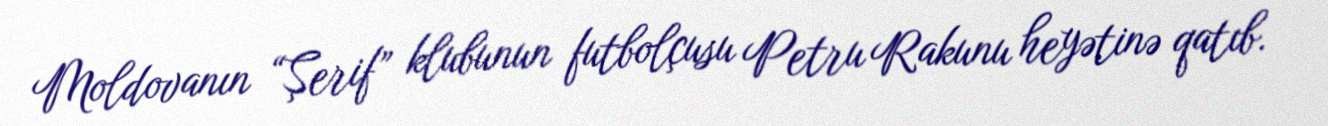
Moldovanın “Şerif” klubunun futbolçusu Petru Rakunu heyətinə qatıb.